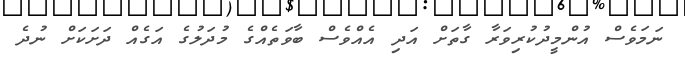
ނަމަވެސް އުންމީދުކުރިވަރާ ގާތަށް އަދި އެއްވެސް ބާވަތެއްގެ މުދަލުގެ އަގެއް ދަށަކަށް ނުދެ